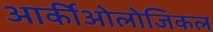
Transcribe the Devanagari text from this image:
आर्कीओलोजिकल